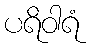
ပရိဝါရံ